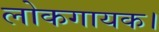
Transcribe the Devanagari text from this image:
लोकगायक।